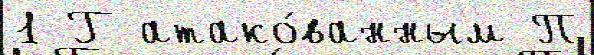
1 Г атако́ванным П